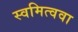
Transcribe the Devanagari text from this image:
स्वमित्ववा